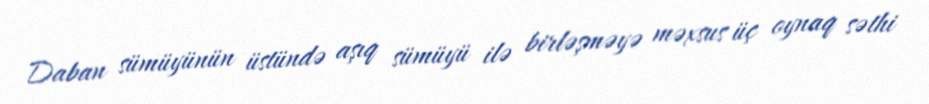
Daban sümüyünün üstündə aşıq sümüyü ilə birləşməyə məxsus üç oynaq səthi